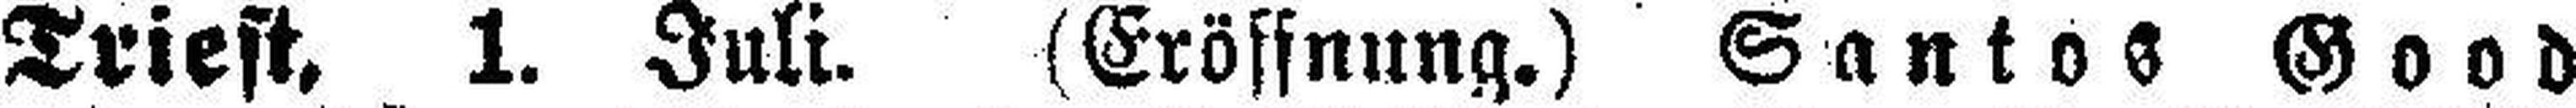
Triest, 1. Juli. (Eröffnung.) Santos Good